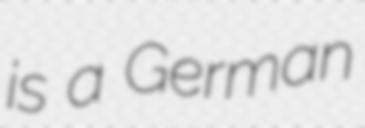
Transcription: is a German